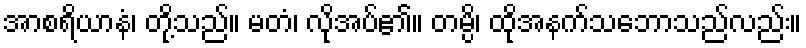
အာစရိယာနံ၊ တို့သည်။ မတံ၊ လိုအပ်၏။ တမ္ပိ၊ ထိုအနက်သဘောသည်လည်း။